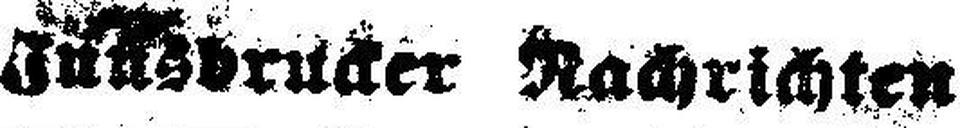
Innsbrücker Nachrichten